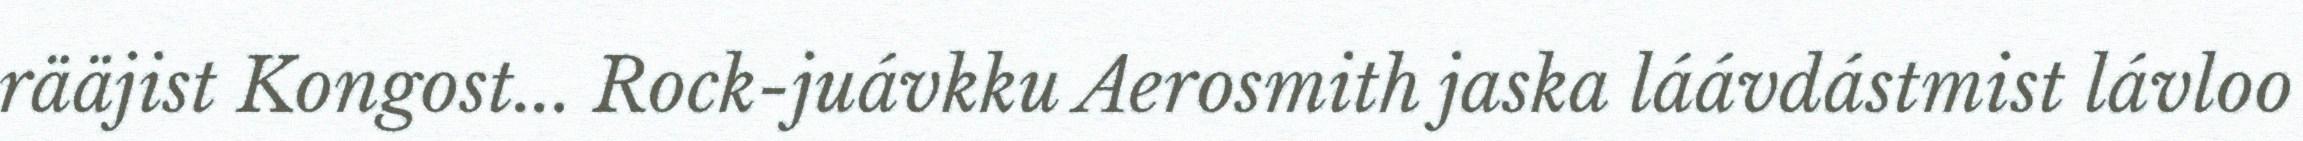
rääjist Kongost... Rock-juávkku Aerosmith jaska láávdástmist lávloo